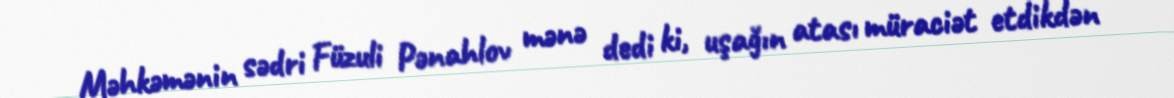
Məhkəmənin sədri Füzuli Pənahlov mənə dedi ki, uşağın atası müraciət etdikdən